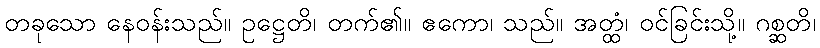
တခုသော နေဝန်းသည်။ ဥဋ္ဌေတိ၊ တက်၏။ ဧကော၊ သည်။ အတ္ထံ၊ ဝင်ခြင်းသို့။ ဂစ္ဆတိ၊